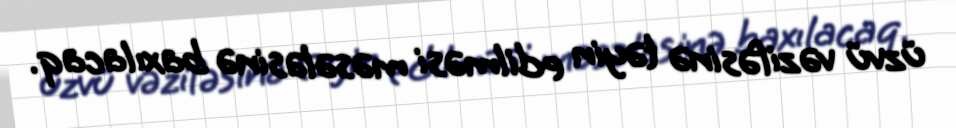
üzvü vəzifəsinə təyin edilməsi məsələsinə baxılacaq.